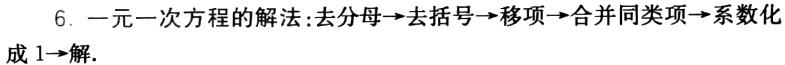
6. 一元一次方程的解法：去分母→去括号→移项→合并同类项→系数化成 1→解.